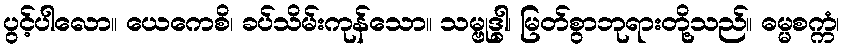
ပွင့်ပါလော။ ယေကေစိ၊ ခပ်သိမ်းကုန်သော။ သမ္ဗုဒ္ဓါ၊ မြတ်စွာဘုရားတို့သည်။ ဓမ္မစက္ကံ၊